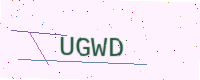
Text: UGWD